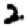
Digit: 2